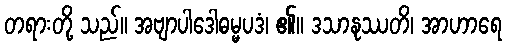
တရားတို့ သည်။ အဗျာပါဒေါဓမ္မပဒံ၊ ၏။ ဒသာနုဿတိ၊ အာဟာရေ